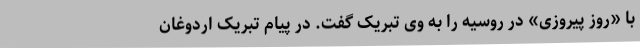
با «روز پیروزی» در روسیه را به وی تبریک گفت. در پیام تبریک اردوغان